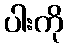
ပါးကို